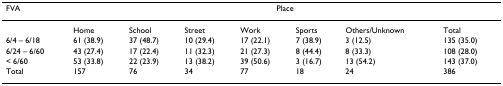
<table><thead><tr><td><b>FVA</b></td><td colspan="7"><b>Place</b></td></tr></thead><tbody><tr><td></td><td>Home</td><td>School</td><td>Street</td><td>Work</td><td>Sports</td><td>Others/Unknown</td><td>Total</td></tr><tr><td>6/4 – 6/18</td><td>61 (38.9)</td><td>37 (48.7)</td><td>10 (29.4)</td><td>17 (22.1)</td><td>7 (38.9)</td><td>3 (12.5)</td><td>135 (35.0)</td></tr><tr><td>6/24 – 6/60</td><td>43 (27.4)</td><td>17 (22.4)</td><td>11 (32.3)</td><td>21 (27.3)</td><td>8 (44.4)</td><td>8 (33.3)</td><td>108 (28.0)</td></tr><tr><td>&lt; 6/60</td><td>53 (33.8)</td><td>22 (23.9)</td><td>13 (38.2)</td><td>39 (50.6)</td><td>3 (16.7)</td><td>13 (54.2)</td><td>143 (37.0)</td></tr><tr><td>Total</td><td>157</td><td>76</td><td>34</td><td>77</td><td>18</td><td>24</td><td>386</td></tr></tbody></table>